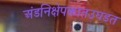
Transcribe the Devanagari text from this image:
अंडनिक्षेपकातउघडत